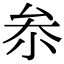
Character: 𠫭